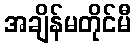
အချိန်မတိုင်မီ